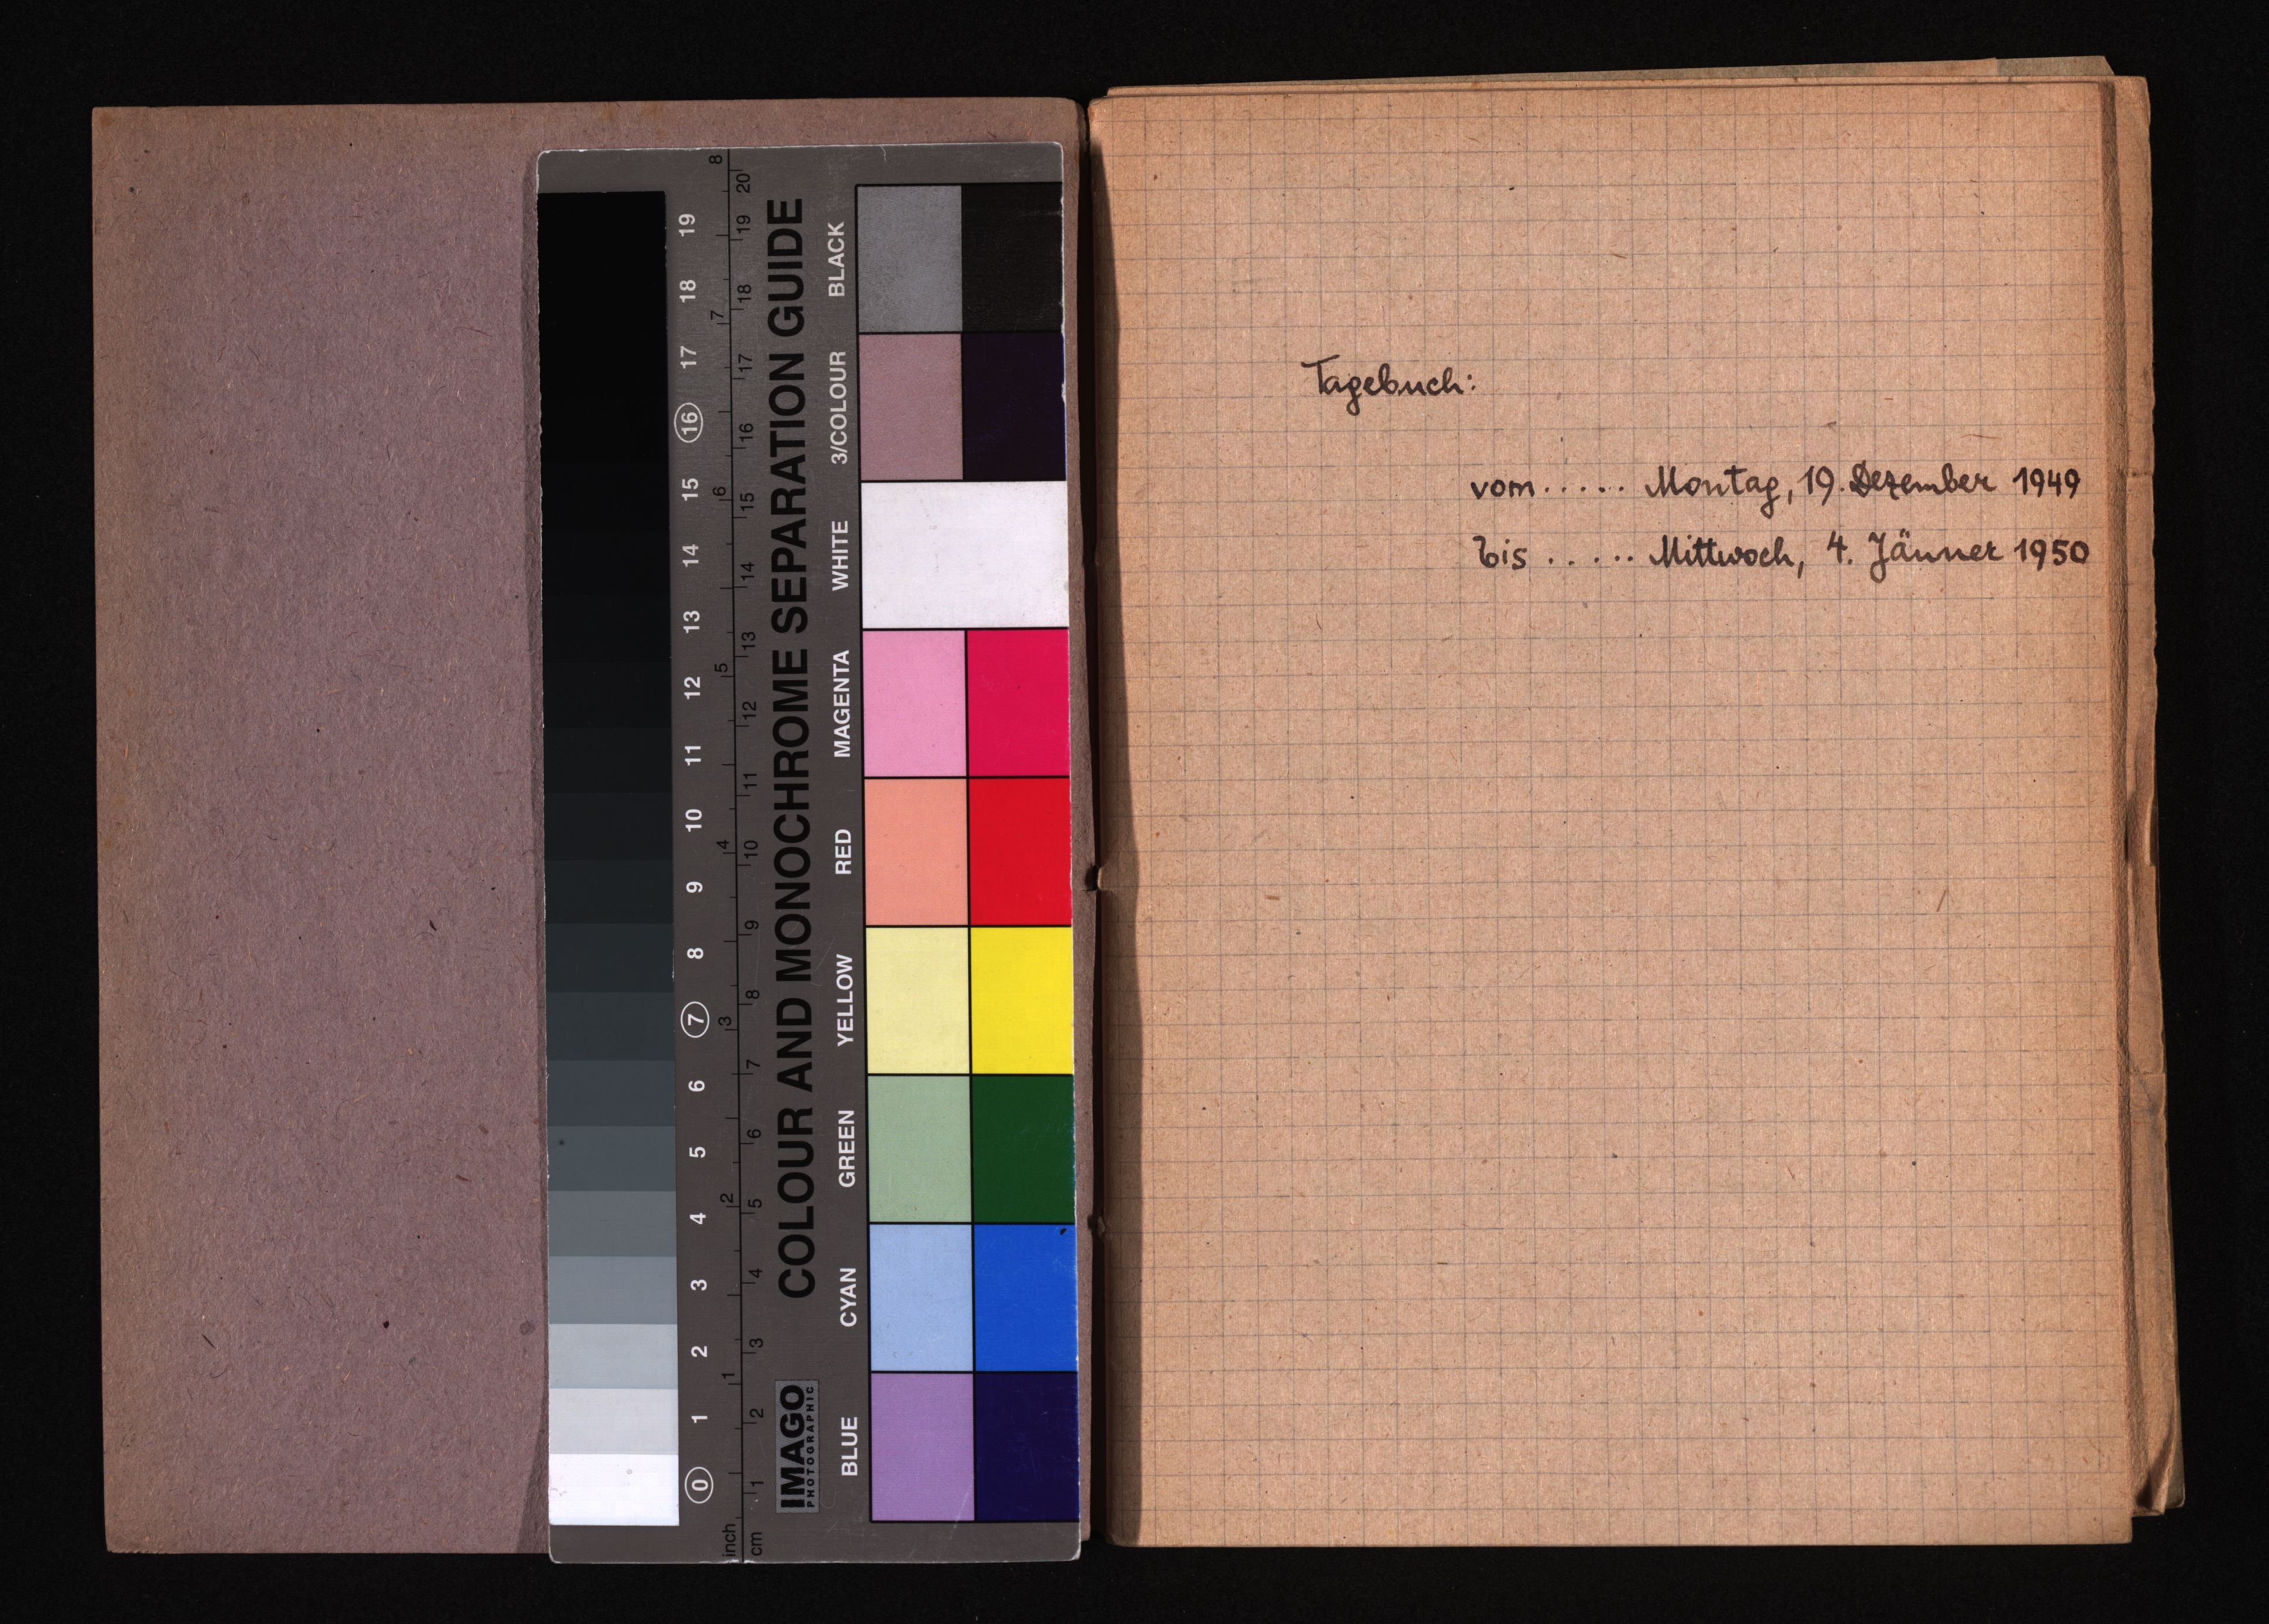
Tagebuch:
vom ..... Montag, 19. Bezember 1949
Eis ..... Mittwoch, 4. Jänner 1950